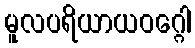
မူလပရိယာယဝဂ္ဂေါ